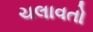
ચલાવતો